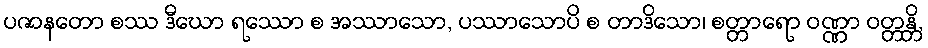
ပဇာနတော စဿ ဒီဃော ရဿော စ အဿာသော, ပဿာသောပိ စ တာဒိသော၊ စတ္တာရော ဝဏ္ဏာ ဝတ္တန္တိ,